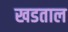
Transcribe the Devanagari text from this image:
खडताल